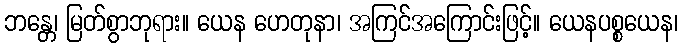
ဘန္တေ၊ မြတ်စွာဘုရား။ ယေန ဟေတုနာ၊ အကြင်အကြောင်းဖြင့်။ ယေနပစ္စယေန၊